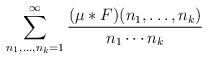
LaTeX: \begin{align*} \sum_{n_1,\ldots,n_k=1}^{\infty} \frac{(\mu*F)(n_1,\ldots,n_k)}{n_1\cdots n_k}\end{align*}